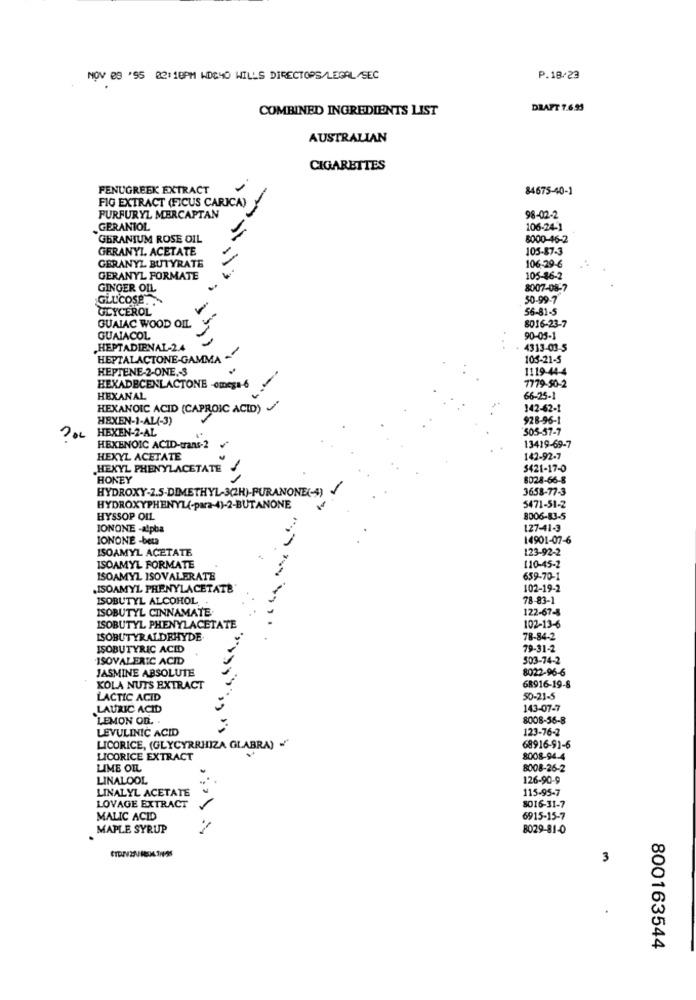
NOV 29 '95 02:18PM WDC40 WILLS DIRECTORS/LEGAL/SEC
P.18/23
COMBINED INGREDIENTS LIST
DRAFT 7.6.95
AUSTRALIAN
CIGARETTES
FENUGREEK EXTRACT
84675-40-1
FIG EXTRACT (FICUS CARICA)
FURFURYL MERCAPTAN
98-02-2
GERANIOL
106-24-1
GERANIUM ROSE OIL
6000-46-2
GERANYL ACETATE
105-87-3
GERANYL BUTYRATE
106-29-6
GERANYL FORMATE
105-86-2
GINGER OIL
8007-08-7
GLUCOSE
50-99-7
GLYCEROL
-
56-81-5
GUAIAC WOOD OIL
-
8016-23-7
GUAIACOL
90-05-1
.HEPTADIENAL-2.4
4313-03-5
HEPTALACTONE-GAMMA -
105-21-5
HEPTENE-2-ONE .- 3
1119-44-4
7779-50-2
HEXADECENLACTONE -omega-6
HEXANAL
66-25-1
HEXANOIC ACID (CAPROIC ACID)
142-62-1
HEXEN-1-AL(-3)
928-96-1
505-57-7
? OL HEXEN-2-AL
13419-69-7
HEXENOIC ACID-trans-2
HEXYL ACETATE
142-92-7
HEXYL PHENYLACETATE
3421-17-0
HONEY
8028-66-8
HYDROXY-2.5-DIMETHYL-3(2H)-FURANONE(4)
3658-77-3
HYDROXYPHENYL(-para-4)-2-BUTANONE
5471-51-2
HYSSOP OIL
8006-83-5
JONONE -alpba
127-41-3
IONONE -beta
14901-07-6
ISOAMYL ACETATE
123-92-2
ISOAMYL FORMATE
110-45-2
ISOAMYL ISOVALERATE
659-70-1
.ISOAMYL PHENYLACETATE
102-19-2
ISOBUTYL ALCOHOL .
78-83-1
ISOBUTYL CINNAMATE.
122-67-8
ISOBUTYL PHENYLACETATE
102-13-6
ISOBUTYRALDEHYDE.
78-84-2
ISOBUTYRIC ACID
79-31-2
ISOVALERIC ACID
503-74-2
JASMINE ABSOLUTE
8022-96-6
KOLA NUTS EXTRACT
68916-19-8
LACTIC ACID
50-21-5
LAURIC ACID
143-07-7
LEMON ON.
8008-56-8
LEVULINIC ACID
123-76-2
LICORICE, (GLYCYRRHIZA GLABRA) ."
68916-91-6
LICORICE EXTRACT
8008-94-4
LIME OIL
8008-26-2
LINALOOL
126-90-9
LINALYL ACETATE
115-95-7
8016-31-7
LOVAGE EXTRACT
MALIC ACID
6915-15-7
MAPLE SYRUP
8029-81-0
3
800163544